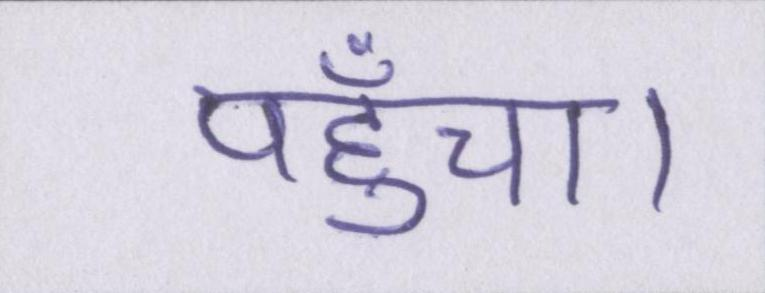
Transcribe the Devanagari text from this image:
पहुँचा।